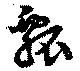
瓢